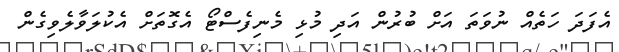
އެފަދަ ހަތެއް ނުވަތަ އަށް ބުރުން އަދި މުޅި މެނިފެސްޓޯ އެގޮތަށް އެކުލަވާލެވިގެން